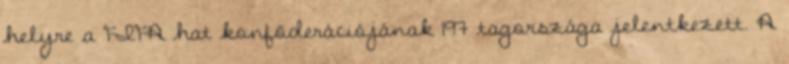
helyre a FIFA hat konföderációjának 197 tagországa jelentkezett. A